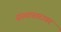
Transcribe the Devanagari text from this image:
संस्थास्तरावर